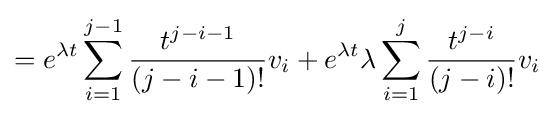
=e^{\lambda t}\sum _{i=1}^{j-1}{\frac {t^{j-i-1}}{(j-i-1)!}}v_{i}+e^{\lambda t}\lambda \sum _{i=1}^{j}{\frac {t^{j-i}}{(j-i)!}}v_{i}